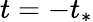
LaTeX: t=-t_{*}